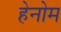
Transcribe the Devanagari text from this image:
हेनोम